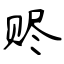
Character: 赆